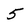
Character: 5